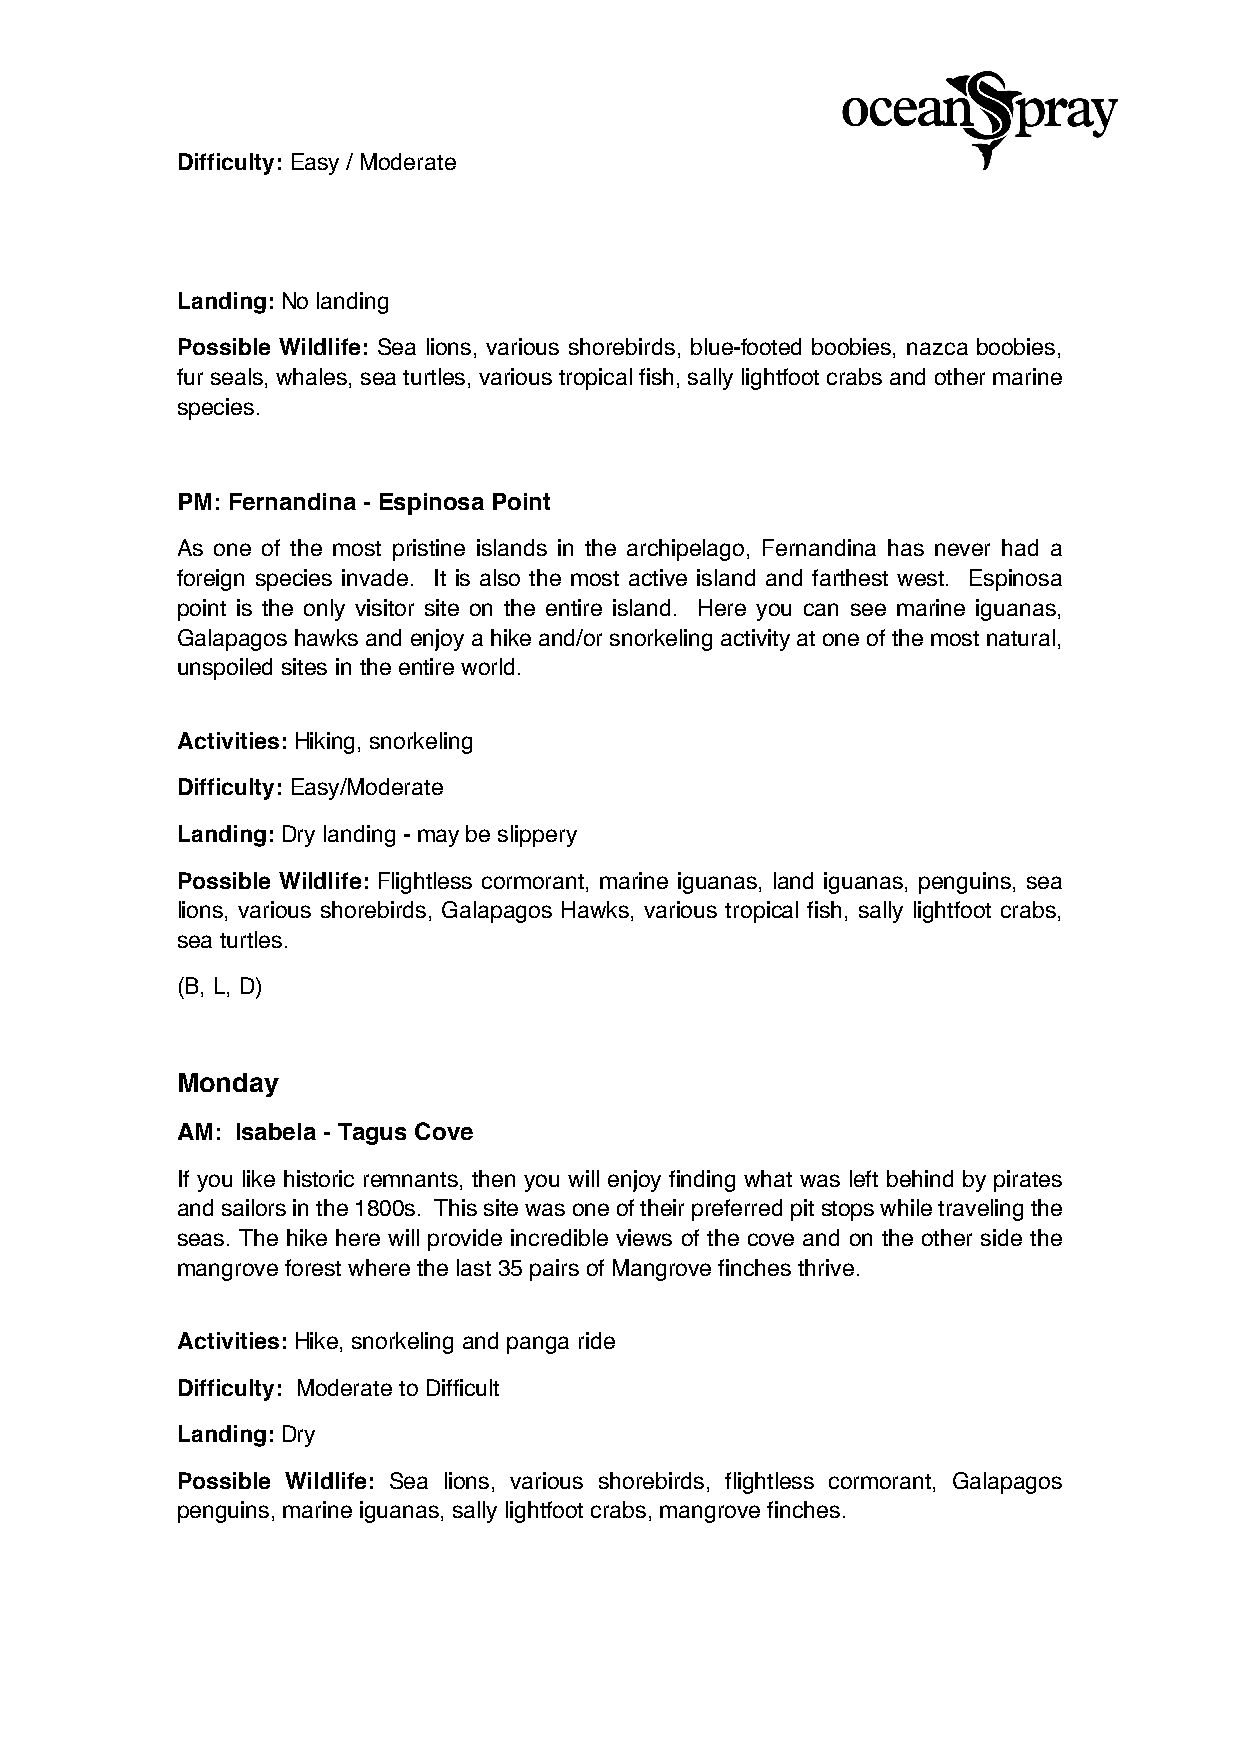
Difficulty: Easy / Moderate
 Landing: No landing
 Possible Wildlife: Sea lions, various shorebirds, blue-footed boobies, nazca boobies,
 fur seals, whales, sea turtles, various tropical fish, sally lightfoot crabs and other marine
 species.
 PM: Fernandina - Espinosa Point
 As one of the most pristine islands in the archipelago, Fernandina has never had a
 foreign species invade. It is also the most active island and farthest west. Espinosa
 point is the only visitor site on the entire island. Here you can see marine iguanas,
 Galapagos hawks and enjoy a hike and/or snorkeling activity at one of the most natural,
 unspoiled sites in the entire world.
 Activities: Hiking, snorkeling
 Difficulty: Easy/Moderate
 Landing: Dry landing - may be slippery
 Possible Wildlife: Flightless cormorant, marine iguanas, land iguanas, penguins, sea
 lions, various shorebirds, Galapagos Hawks, various tropical fish, sally lightfoot crabs,
 sea turtles.
 (B, L, D)
 Monday
 AM: Isabela - Tagus Cove
 If you like historic remnants, then you will enjoy finding what was left behind by pirates
 and sailors in the 1800s. This site was one of their preferred pit stops while traveling the
 seas. The hike here will provide incredible views of the cove and on the other side the
 mangrove forest where the last 35 pairs of Mangrove finches thrive.
 Activities: Hike, snorkeling and panga ride
 Difficulty: Moderate to Difficult
 Landing: Dry
 Possible Wildlife: Sea lions, various shorebirds, flightless cormorant, Galapagos
 penguins, marine iguanas, sally lightfoot crabs, mangrove finches.